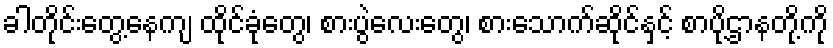
ခါတိုင်းတွေ့နေကျ ထိုင်ခုံတွေ၊ စားပွဲလေးတွေ၊ စားသောက်ဆိုင်နှင့် စာပို့ဌာနတို့ကို